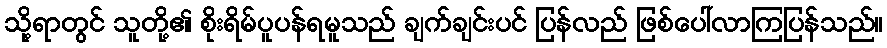
သို့ရာတွင် သူတို့၏ စိုးရိမ်ပူပန်ရမူသည် ချက်ချင်းပင် ပြန်လည် ဖြစ်ပေါ်လာကြပြန်သည်။